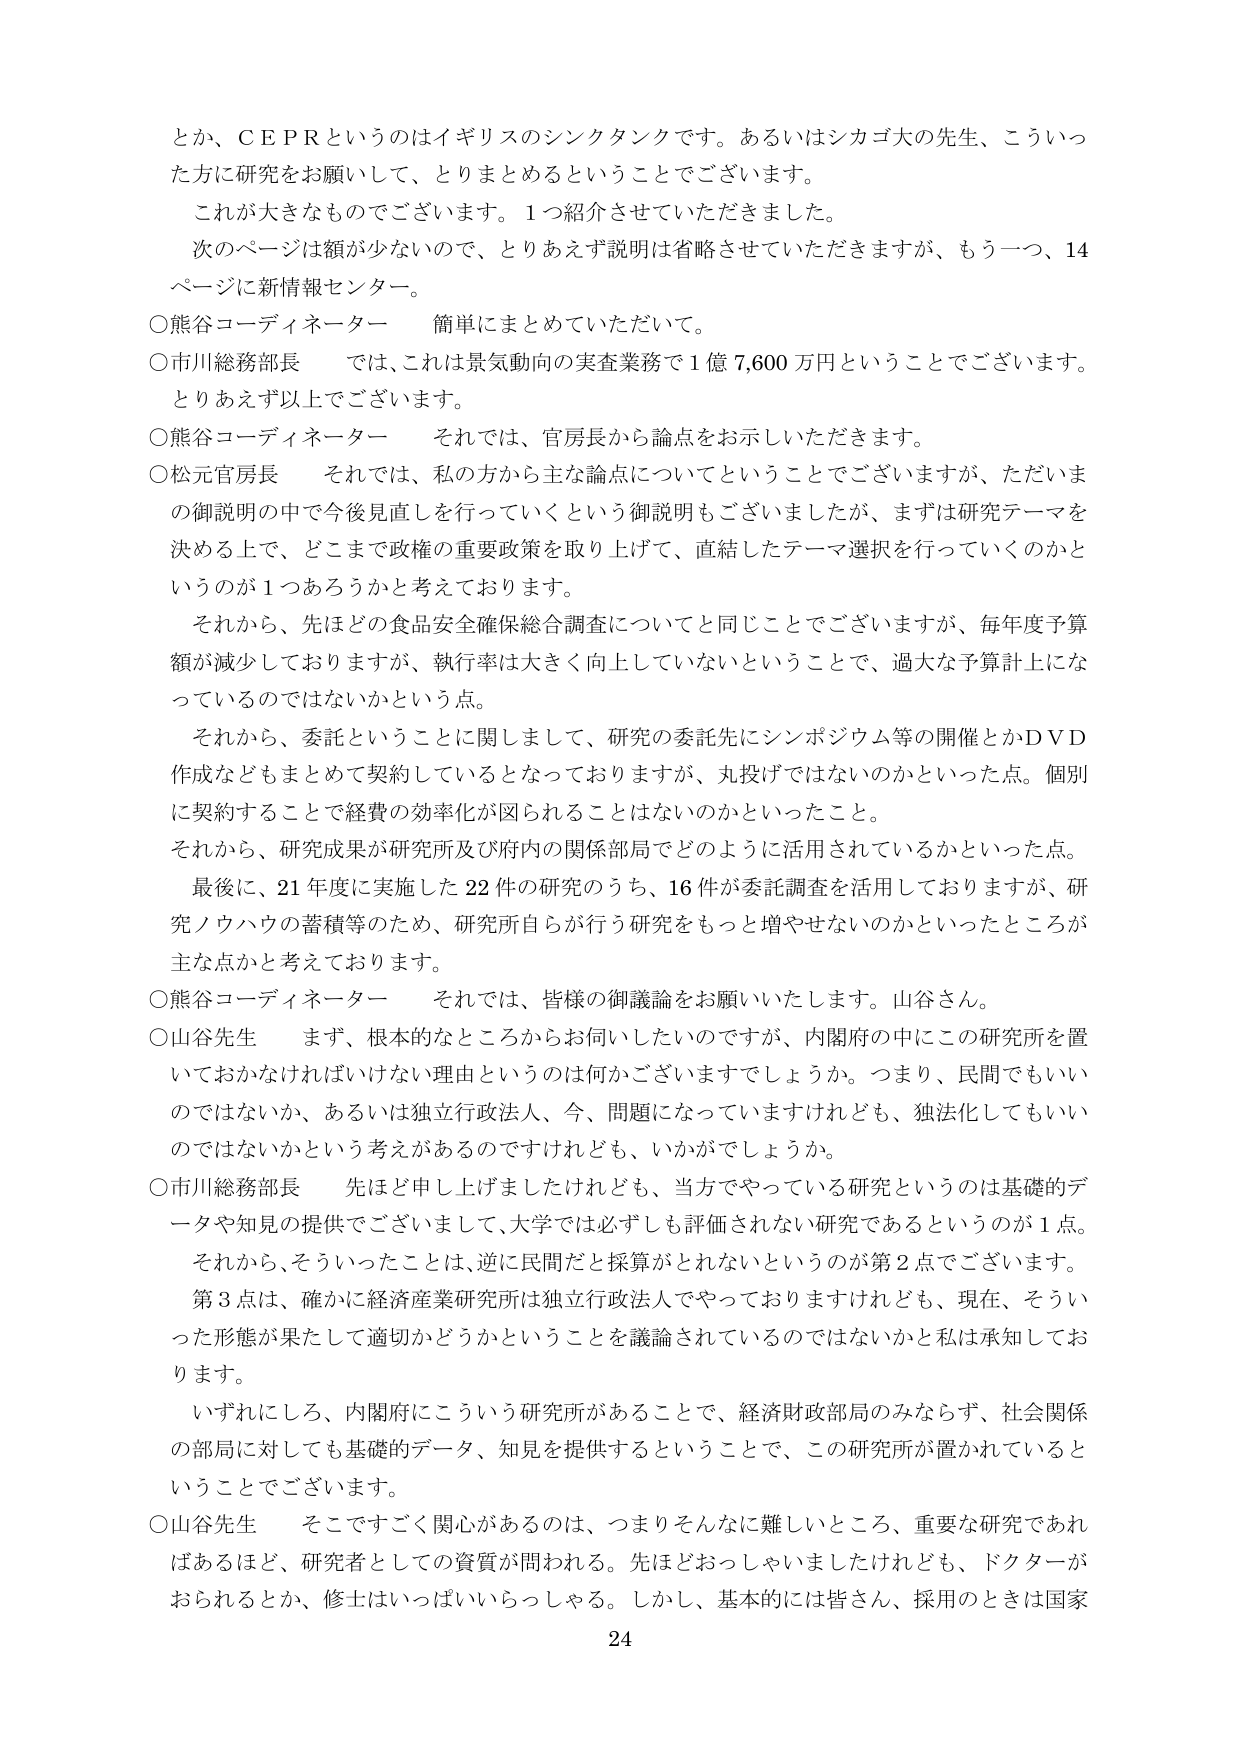
とか、ＣＥＰＲというのはイギリスのシンクタンクです。あるいはシカゴ大の先生、こういった方に研究をお願いして、とりまとめるということでございます。

これが大きなものでございます。１つ紹介させていただきました。

次のページは額が少ないので、とりあえず説明は省略させていただきますが、もう一つ、14ページに新情報センター。

○熊谷コーディネーター　簡単にまとめていただいて。

○市川総務部長　では、これは景気動向の実査業務で１億7,600万円ということでございます。とりあえず以上でございます。

○熊谷コーディネーター　それでは、官房長から論点をお示しいただきます。

○松元官房長　それでは、私の方から主な論点についてということでございますが、ただいまの御説明の中で今後見直しを行っていくという御説明もございましたが、まずは研究テーマを決める上で、どこまで政権の重要政策を取り上げて、直結したテーマ選択を行っていくのかというのが１つあろうかと考えております。

それから、先ほどの食品安全確保総合調査についてと同じことでございますが、毎年度予算額が減少しておりますが、執行率は大きく向上していないということで、過大な予算計上になっているのではないかという点。

それから、委託ということに関しまして、研究の委託先にシンポジウム等の開催とかDVD作成などもまとめて契約しているとなっておりますが、丸投げではないのかといった点。個別に契約することで経費の効率化が図られることはないのかといったこと。

それから、研究成果が研究所及び府内の関係部局でどのように活用されているのかといった点。

最後に、21年度に実施した22件の研究のうち、16件が委託調査を活用しておりますが、研究ノウハウの蓄積等のため、研究所自らが行う研究をもっと増やせないのかといったところが主な点かと考えております。

○熊谷コーディネーター　それでは、皆様の御議論をお願いいたします。山谷さん。

○山谷先生　まず、根本的なところからお伺いしたいのですが、内閣府の中にこの研究所を置いておかなければならない理由というのは何かございますでしょうか。つまり、民間でもいいのではないか、あるいは独立行政法人、今、問題になっていますけれども、独法化してもいいのではないかという考えがあるのですけれども、いかがでしょうか。

○市川総務部長　先ほど申し上げましたけれども、当方でやっている研究というのは基礎的データや知見の提供でございまして、大学では必ずしも評価されない研究であるというのが１点。それから、そういったことは、逆に民間だと採算がとれないというのが第２点でございます。第３点は、確かに経済産業研究所は独立行政法人でやっておりますけれども、現在、そういった形態が果たして適切かどうかということを議論されているのではないかと私は承知しております。

いずれにしろ、内閣府にこういう研究所があることで、経済財政部局のみならず、社会関係の部局に対しても基礎的データ、知見を提供するということで、この研究所が置かれているということでございます。

○山谷先生　そこですごく関心があるのは、つまりそんなに難しいところ、重要な研究であればあるほど、研究者としての資質が問われる。先ほどおっしゃいましたけれども、ドクターがおられるとか、修士はいっぱいいらっしゃる。しかし、基本的には皆さん、採用のときは国家

24